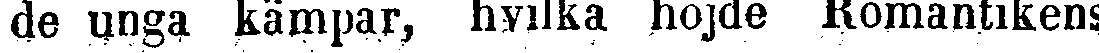
de unga kämpar, hvilka höjde Romantikens